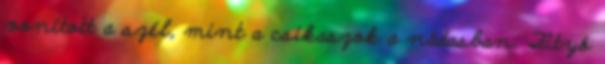
vonított a szél, mint a csikaszok a nádasban. Fityó